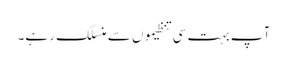
آپ بہت سی تنظیموں سے منسلک رہے۔